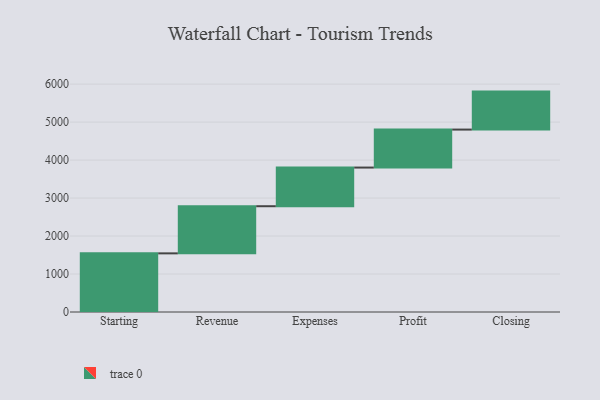
{"axis": {"x": "Step", "y": "Value"}, "legend": [""], "data": [{"x": "Starting", "y": 1544.0, "type": ""}, {"x": "Revenue", "y": 1241.0, "type": ""}, {"x": "Expenses", "y": 1018.0, "type": ""}, {"x": "Profit", "y": 1000, "type": ""}, {"x": "Closing", "y": 1000, "type": ""}]}